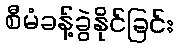
စီမံခန့်ခွဲနိုင်ခြင်း